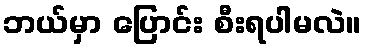
ဘယ်မှာ ပြောင်း စီးရပါမလဲ။